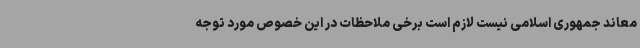
معاند جمهوری اسلامی نیست لازم است برخی ملاحظات در این خصوص مورد توجه